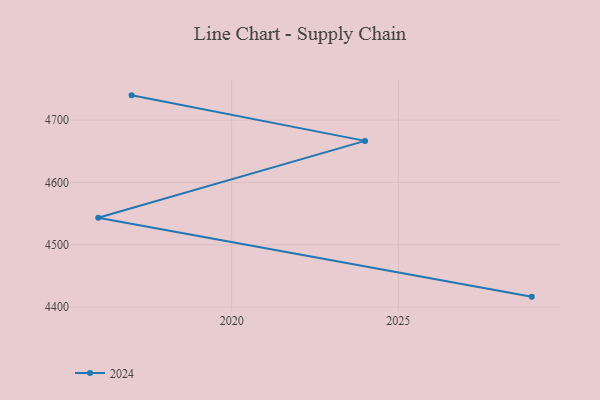
{"axis": {"x": "Year", "y": "Churn Rate (%)"}, "legend": ["2024"], "data": [{"x": "2017", "y": 4739.9, "type": "2024"}, {"x": "2024", "y": 4666.8, "type": "2024"}, {"x": "2016", "y": 4543.3, "type": "2024"}, {"x": "2029", "y": 4416.7, "type": "2024"}]}